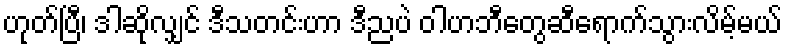
ဟုတ်ပြီ၊ ဒါဆိုလျှင် ဒီသတင်းဟာ ဒီညပဲ ဝါဟဘီတွေဆီရောက်သွားလိမ့်မယ်